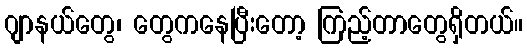
ဂျာနယ်တွေ၊ တွေကနေပြီးတော့ ကြည့်တာတွေရှိတယ်။